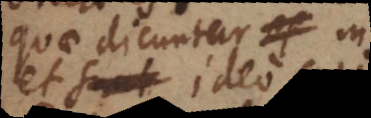
quae dicuntur es i